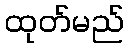
ထုတ်မည်